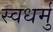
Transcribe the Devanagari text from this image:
स्वधर्मु